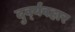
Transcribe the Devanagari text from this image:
दुर्व्‍यवहार